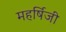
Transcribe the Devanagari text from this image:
महर्षिजी